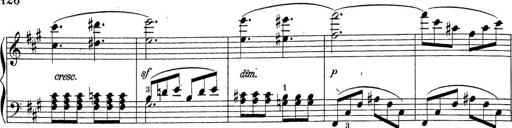
Title: Sonatina Album
Composer: Louis KÃ¶hler